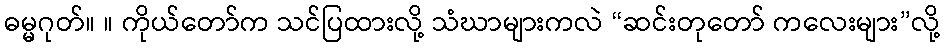
ဓမ္မဂုတ်။ ။ ကိုယ်တော်က သင်ပြထားလို့ သံဃာများကလဲ “ဆင်းတုတော် ကလေးများ”လို့